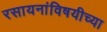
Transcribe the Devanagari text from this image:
रसायनांविषयीच्या